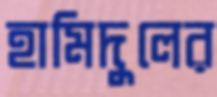
হামিদুলের